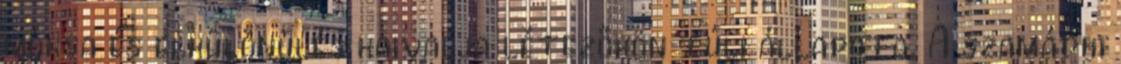
móksa és elkülönülés kaivalja létezőkön túli állapota. A szamádhi